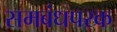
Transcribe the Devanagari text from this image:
समबंधपरक